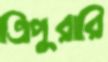
ত্রিপুরারি